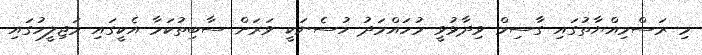
މި ރަސްމިއްޔާތުގައި ގާސިމް ވިދާޅުވީ މުހައްމަދު ހުސެނަކީ ވަރަށް ސާބިތުކަމާ އެކީގައި މަޖިލީހުގައި